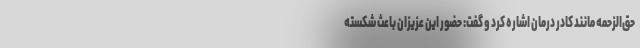
حق‌الزحمه مانند کادر درمان اشاره کرد و گفت: حضور این عزیزان باعث شکسته